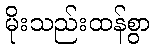
မိုးသည်းထန်စွာ